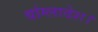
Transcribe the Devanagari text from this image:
बांग्लादेश।